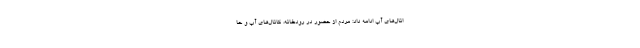
انال‌های آب ادامه داد: مردم از حضور در رودخانه، کانال‌های آب و حا